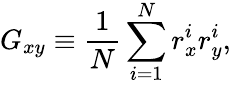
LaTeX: G_{xy}\equiv\frac{1}{N}\sum_{i=1}^{N}r_{x}^{i}r_{y}^{i},